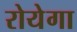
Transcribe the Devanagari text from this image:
रोयेगा